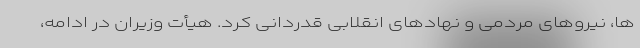
ها، نیروهای مردمی و نهادهای انقلابی قدردانی کرد. هیأت وزیران در ادامه،